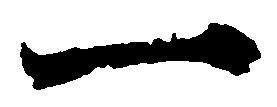
一